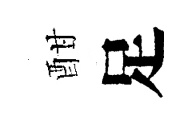
酣足